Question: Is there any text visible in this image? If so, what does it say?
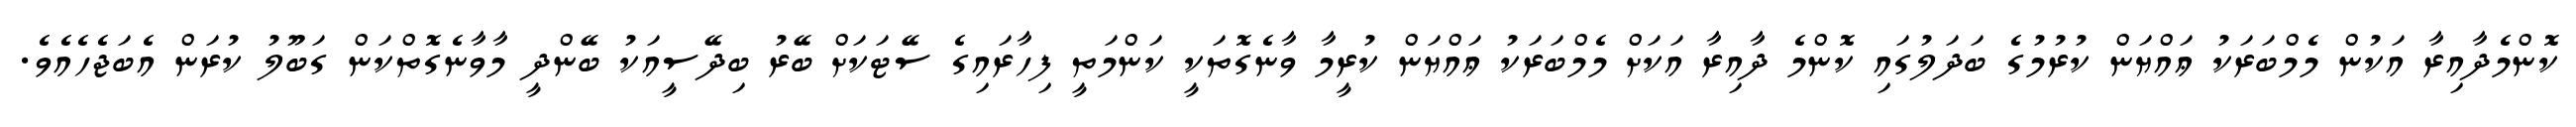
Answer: ކޮންމެދާއިރާ އަކުން މެމްބަރަކު ޢައްޔަން ކުރުމުގެ ބަދަލުގައި ކޮންމެ ދާއިރާ އަކަށް މެމްބަރަކު ޢައްޔަން ކުރީމާ ވާނެގޮތަކީ ކަންމަތީ ފިހާރައިގެ ސޭޓަކަށް ބޭރު ބިދޭސީއަކު ބޭންދީ މާވާނެގޮތްކަން ގަބޫލު ކުރަން އެބަޖެހެއެވެ.